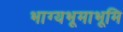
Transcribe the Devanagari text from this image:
भाग्यभूमाभूमि